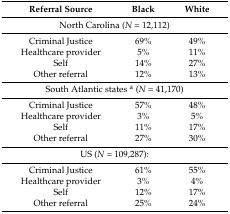
| Referral Source | Black | White |
 | --- | --- | --- |
 | <COLSPAN=3> North Carolina (N = 12,112) |
 | Criminal Justice | 69% | 49% |
 | Healthcare provider | 5% | 11% |
 | Self | 14% | 27% |
 | Other referral | 12% | 13% |
 | <COLSPAN=3> South Atlantic states a (N = 41,170) |
 | Criminal Justice | 57% | 48% |
 | Healthcare provider | 3% | 5% |
 | Self | 11% | 17% |
 | Other referral | 27% | 30% |
 | <COLSPAN=3> US (N = 109,287): |
 | Criminal Justice | 61% | 55% |
 | Healthcare provider | 3% | 4% |
 | Self | 12% | 17% |
 | Other referral | 25% | 24% |